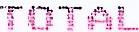
TOTAL